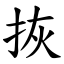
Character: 拻